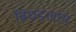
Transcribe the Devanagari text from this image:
बिघडलाय